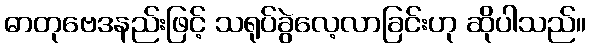
ဓာတုဗေဒနည်းဖြင့် သရုပ်ခွဲလေ့လာခြင်းဟု ဆိုပါသည်။